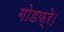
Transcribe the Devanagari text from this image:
गोडफ्रे।